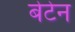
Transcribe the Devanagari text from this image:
बेटेन